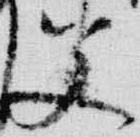
父